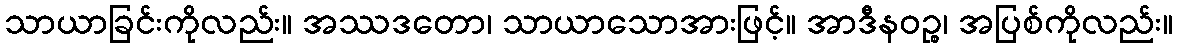
သာယာခြင်းကိုလည်း။ အဿဒတော၊ သာယာသောအားဖြင့်။ အာဒီနဝဉ္စ၊ အပြစ်ကိုလည်း။